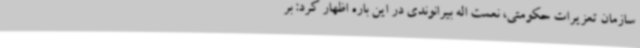
سازمان تعزیرات حکومتی، نعمت اله بیرانوندی در این باره اظهار کرد: بر